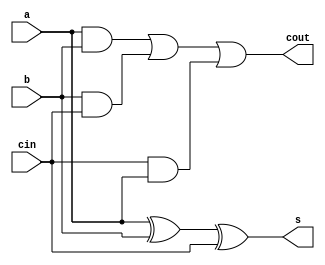
module test_fa
(input a,b,cin,
output reg s,cout);

reg t1,t2;

always @(a,b,cin,t1,t2)
begin
	t1 <= a^b;
	s <= t1^cin;
	t2 <= (a&b)|(b&cin);
	cout <= t2|(cin&a);
end

endmodule